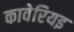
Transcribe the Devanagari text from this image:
कावेरियइ